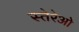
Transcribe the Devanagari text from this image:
स्तेरेओ